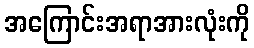
အကြောင်းအရာအားလုံးကို